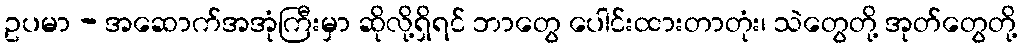
ဥပမာ - အဆောက်အအုံကြီးမှာ ဆိုလို့ရှိရင် ဘာတွေ ပေါင်းထားတာတုံး၊ သဲတွေတို့ အုတ်တွေတို့